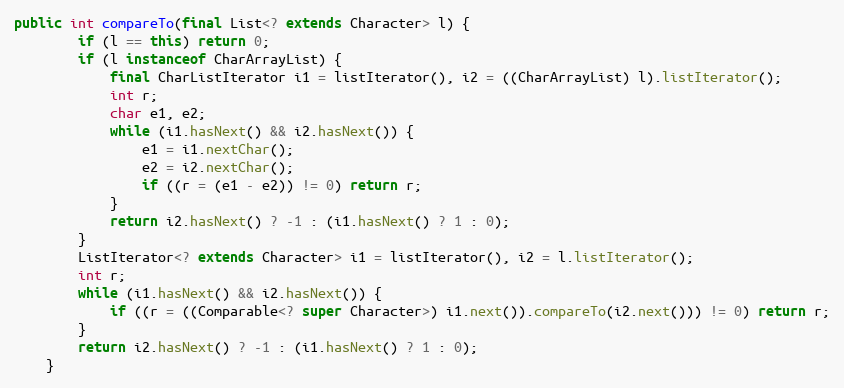
Language: Java
public int compareTo(final List<? extends Character> l) {
        if (l == this) return 0;
        if (l instanceof CharArrayList) {
            final CharListIterator i1 = listIterator(), i2 = ((CharArrayList) l).listIterator();
            int r;
            char e1, e2;
            while (i1.hasNext() && i2.hasNext()) {
                e1 = i1.nextChar();
                e2 = i2.nextChar();
                if ((r = (e1 - e2)) != 0) return r;
            }
            return i2.hasNext() ? -1 : (i1.hasNext() ? 1 : 0);
        }
        ListIterator<? extends Character> i1 = listIterator(), i2 = l.listIterator();
        int r;
        while (i1.hasNext() && i2.hasNext()) {
            if ((r = ((Comparable<? super Character>) i1.next()).compareTo(i2.next())) != 0) return r;
        }
        return i2.hasNext() ? -1 : (i1.hasNext() ? 1 : 0);
    }